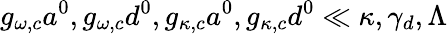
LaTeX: g_{\omega,c}a^{0},g_{\omega,c}d^{0},g_{\kappa,c}a^{0},g_{\kappa,c}d^{0}\ll\kappa,\gamma_{d},\Lambda